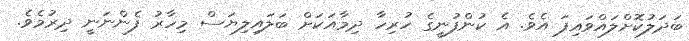
ބަދަލުކޮށްލައްވައިފަ އެވެ. އެ ކުންފުނީގެ ހުރިހާ ދިމާއަކަށް ބަލައިލިޔަސް މިހާރު ފެންނަނީ ދިރުމެވެ.